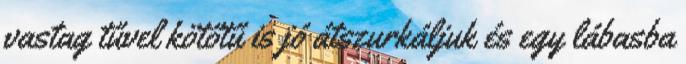
vastag tűvel kötőtű is jó átszurkáljuk és egy lábasba